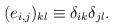
\begin{align*}(e_{i,j})_{kl} \equiv \delta_{ik} \delta_{jl}. \end{align*}